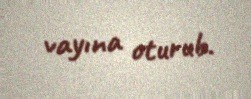
vayına oturub.